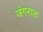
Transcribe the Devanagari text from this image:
जंगराल